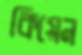
কিয়েন